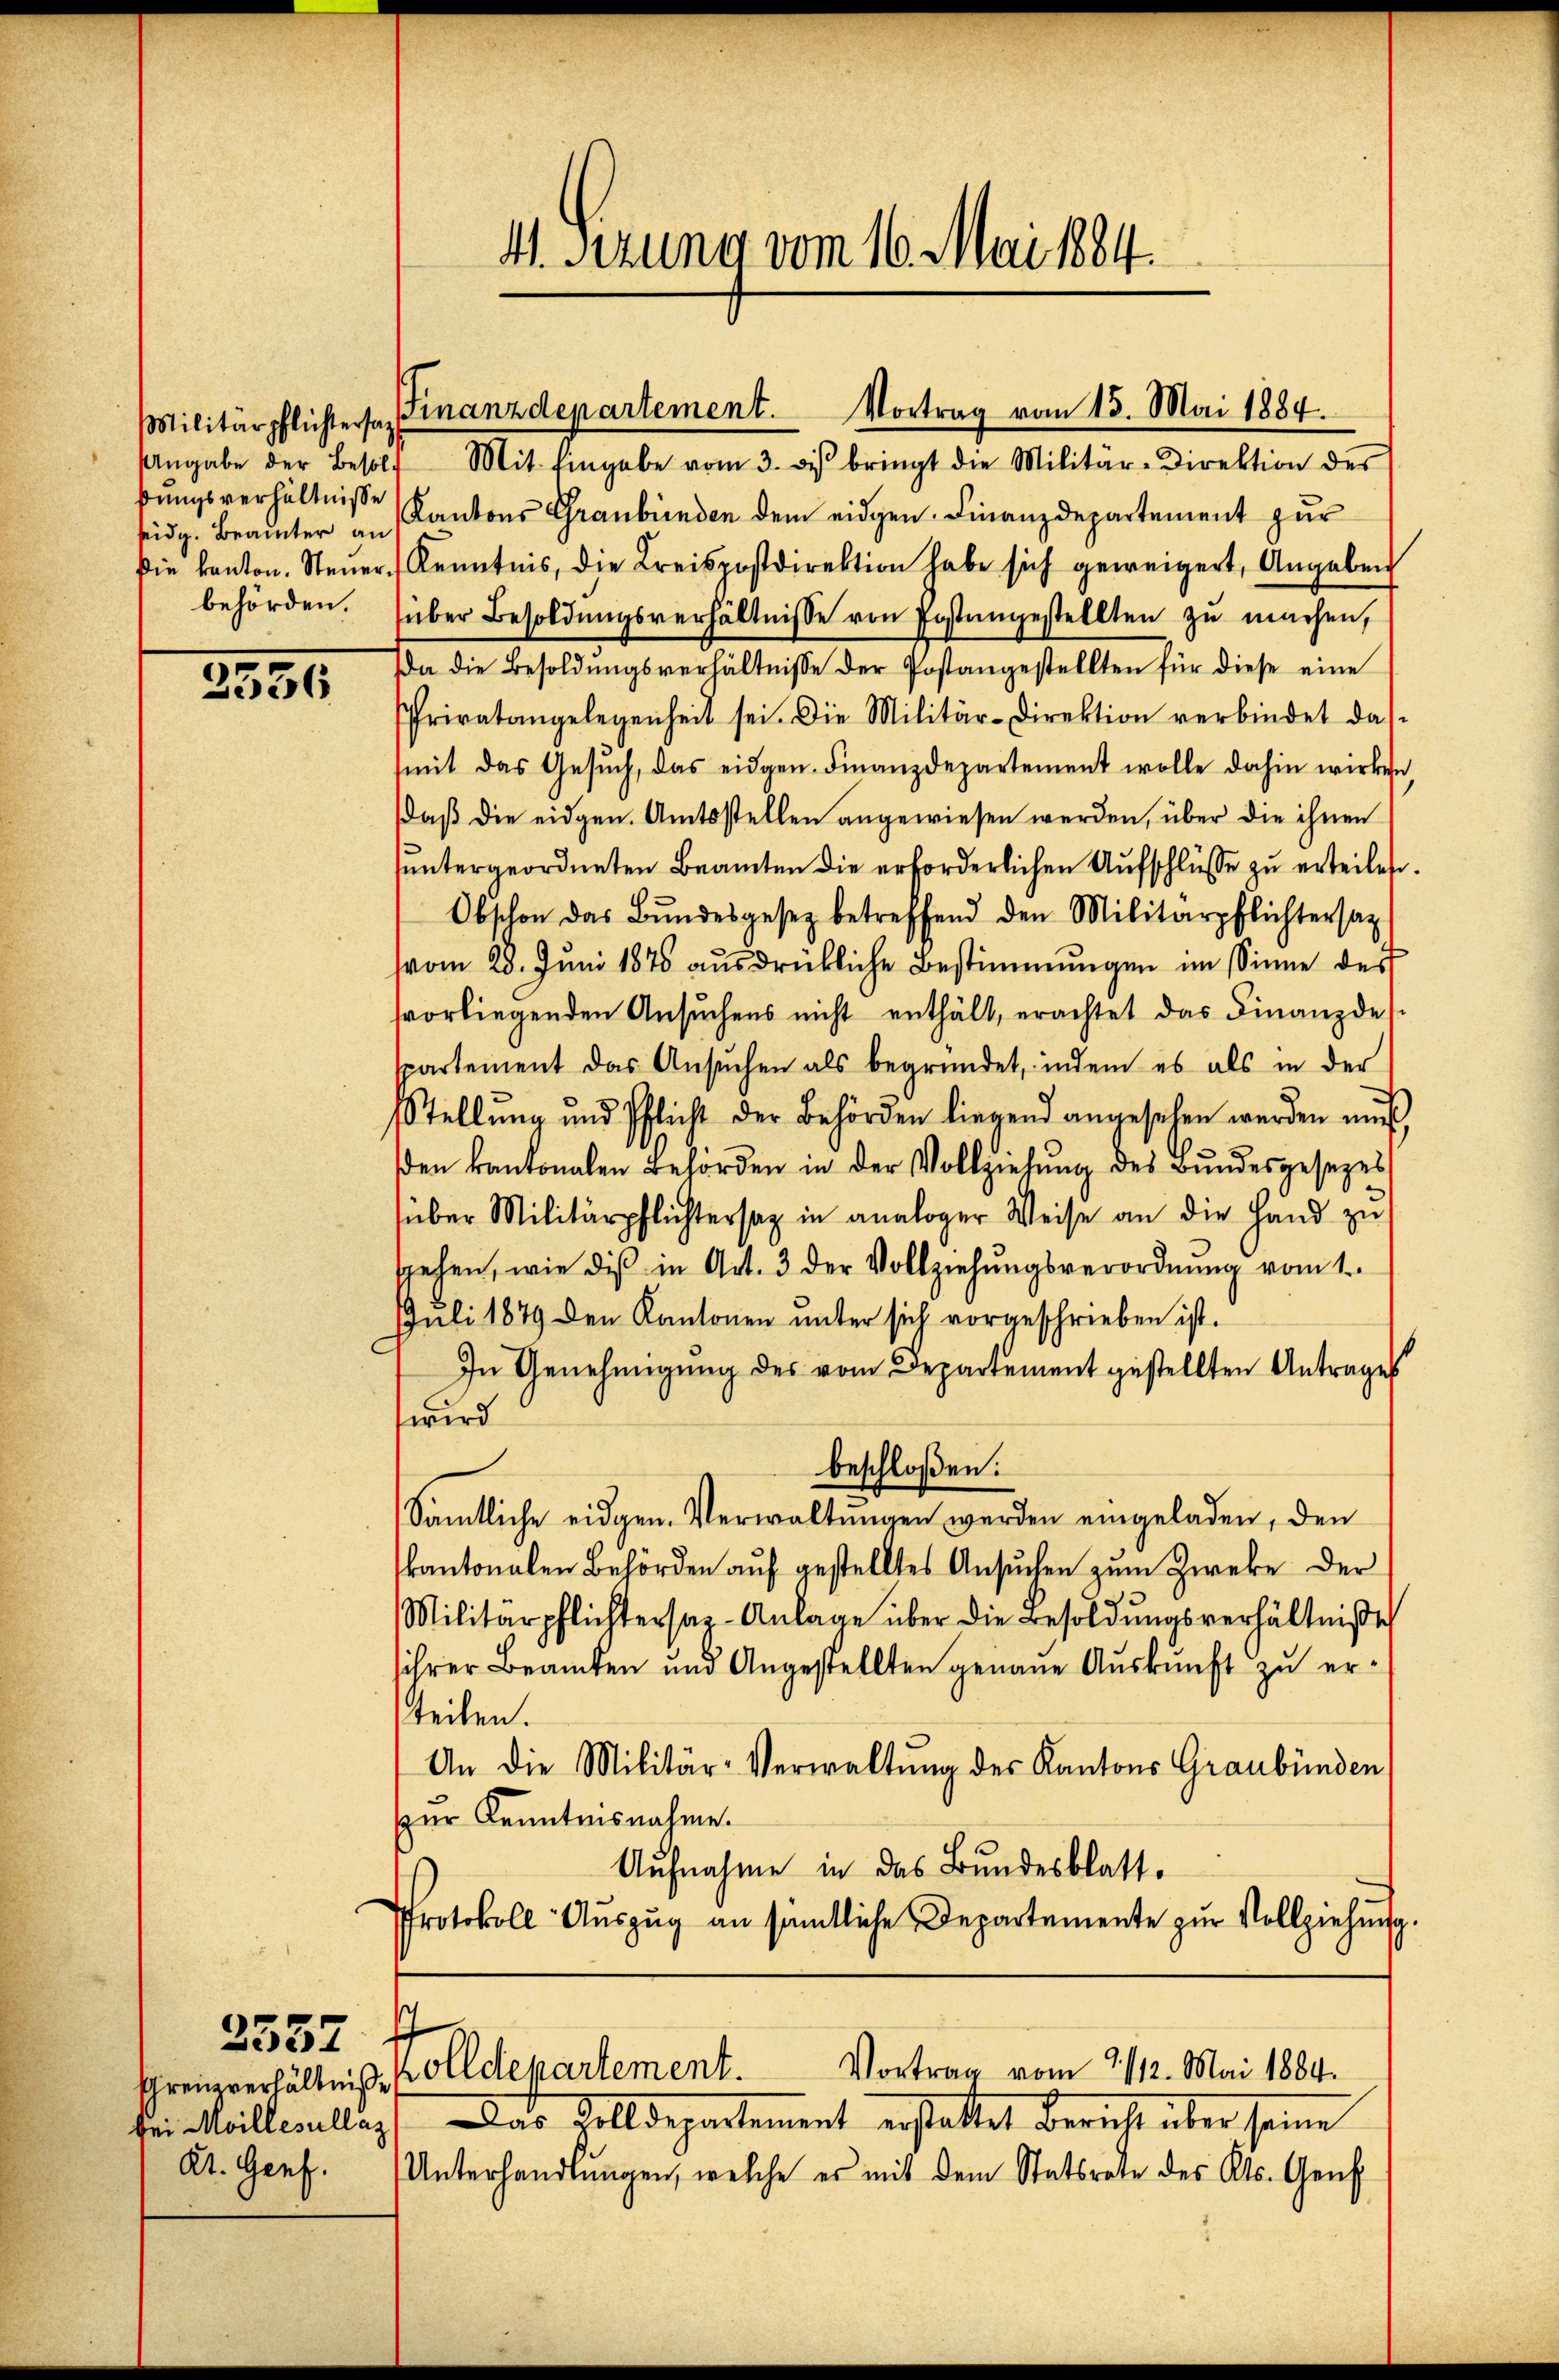
ßungsverhältnisse

3351

Angabe der Besold Mit Eingabe vom 3. des bringt die Militär-Direktion des
eidg. Beamter an Kantons Graubünden dem eidgen. Finanzdepartement zur
die kanton. Steŭer Kenntnis, die Kreispostdirektion habe sich geweigert, Angaben
behörden. (über Besoldŭngsverhältnisse von Postangestellten zŭ machen,
da die Besoldŭngsverhältnisse der Postangestellten für diese eine
Privatangelegenheit sei. Die Militär-Direktion verbindet das
mit das Gesŭch, das eidgen. Finanzdepartement wolle dahin wirken,
daß die eidgen. Amtsstellen angewiesen werden, über die ihnen
suntergeordneten Beamten die erforderlichen Aufschlüsse zu erteilen.
Obschon das Bundesgesez betreffend den Militärpflichtersat
vom 28. Juni 1878 ausdrückliche Bestimmungen im Sinne der
vorliegenden Ansŭchens nicht enthält, erachtet das Finanzdes-
spartement das Ansŭchen als begründet, indem es als in der
Stellŭng und Pflicht der Behörden liegend angesehen werden mŭβ,
den kantonalen Behörden in der Vollziehŭng des Bŭndesgesezes
über Militärpflichtersag in analoger Weise an die Hand zu
sgehen, wie dis in Art. 3 der Vollziehŭngsverordnŭng vom 1.
Juli 1879 den Kantonen unter sich vorgeschrieben ist.
In Genehmigŭng des vom Departement gestellten Antrages
wird
beschloßen:
Sämtliche eidgen. Verwaltungen werden eingeladen, den
kantonalen Behörden aŭf gestelltes Ansŭchen zum Zwecke der
Militärpflichtersar-Anlage über die Besoldŭngsverhältniße
ihrer Beamten und Angestellten genaue Auskunft zu ersteilen.
An die Militär-Verwaltŭng der Kantons Graubünden
(zur Kenntnisnahme.
Aufnahme in das Bundesblatt.
Protokoll- Aŭszŭg an sämtliche Departemente zŭr Vollziehŭng.

Kt. Genf.

2557

4. Sizung vom 16. Mai 1884.

Militärpflichtersa Finanzdepartement. Vortrag vom 15. Mai 1884.

Vortrag vom 11/12. Mai 1884.
Ehrenzverhältnis Zolldepartement.

her Willeallas. Das Polldepartement erstattet bericht über seine
Unterhandlungen, welche es mit dem Statsrate des Kts. Genf